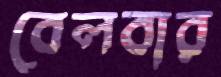
বেলবার